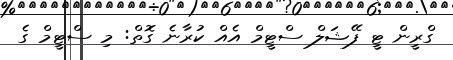
ގްރީން ޓީ ފޭޝަލް ސްޓީމް އެއް ކުރާނެ ގޮތް: މި ސްޓީމް ގެ